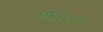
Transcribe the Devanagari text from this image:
पिकल्या